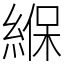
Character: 緥